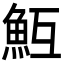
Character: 魱